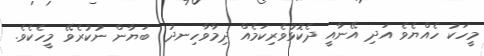
މީހަކު ހެއްޔެވެ އަދި އޭނާއީ ދެކޮޅުވެރިކަމެއް ދިމާވާހިނދު  ބަޔާން ނުކުރެވޭ މީހެކެވެ.